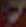
7